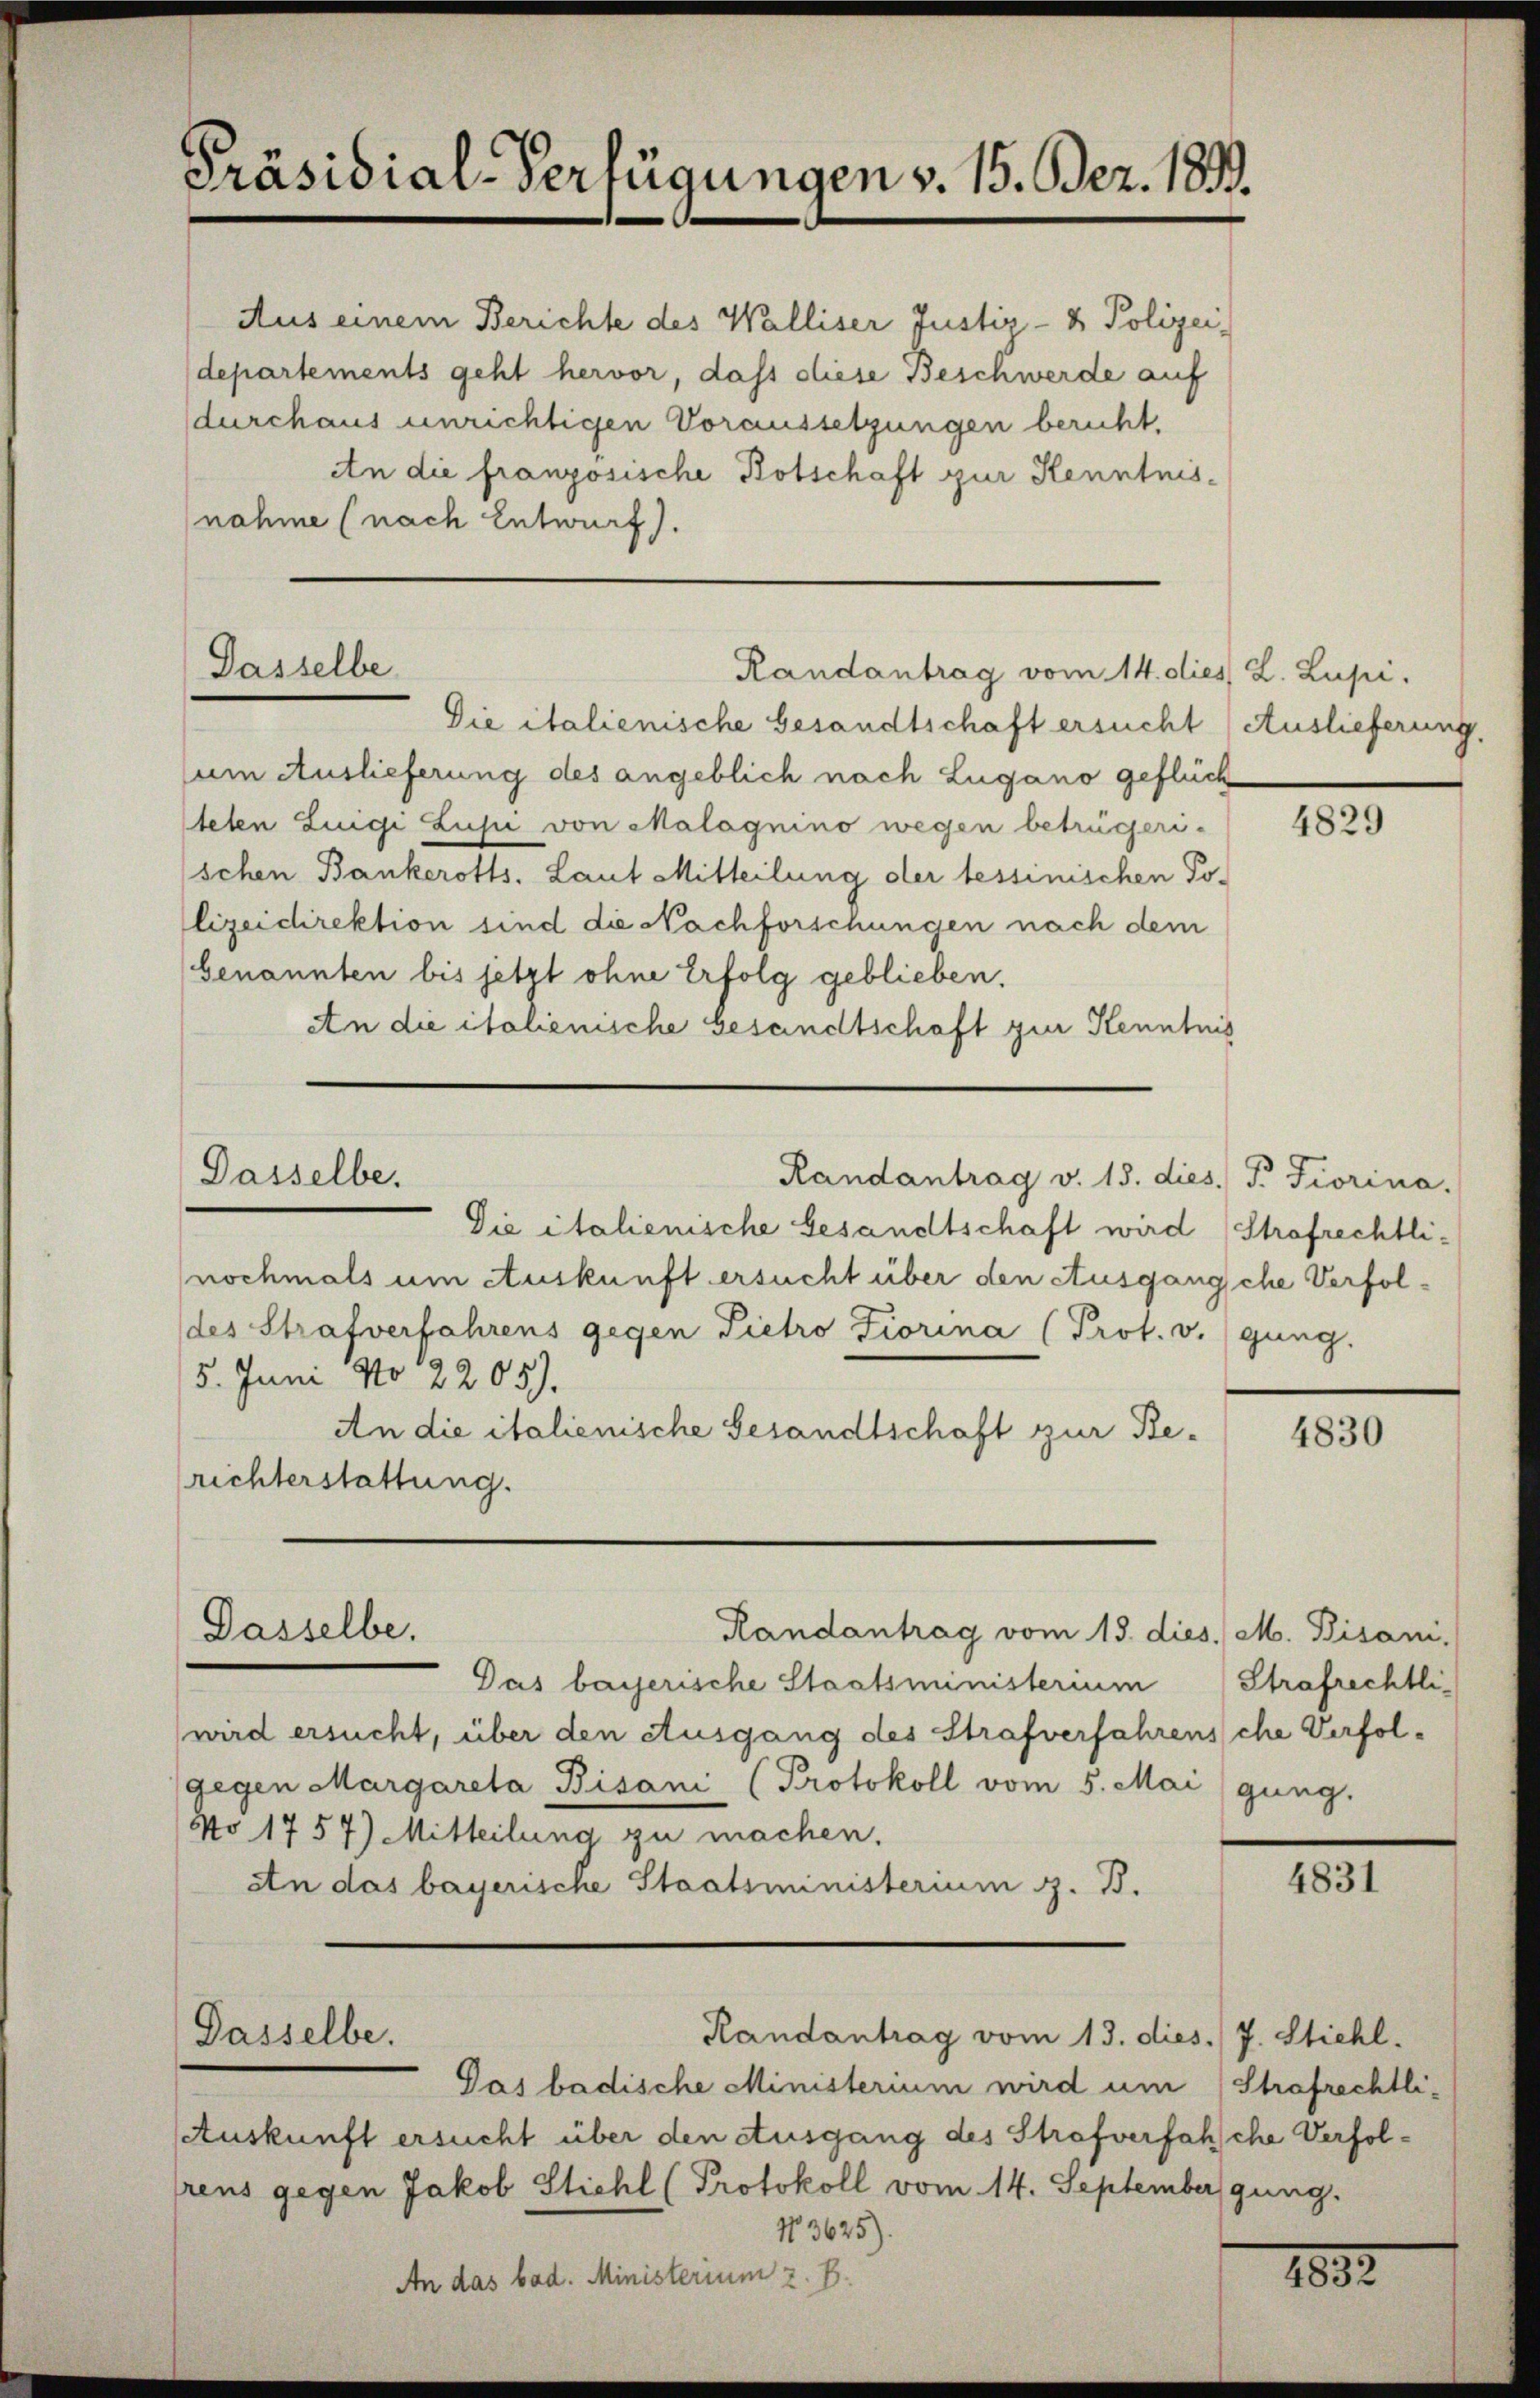
Präsidial-Verfügungen v. 15. Bez. 1833.

Aus einem Berichte des Walliser Justiz- & Polizei
departements geht hervor, dass diese Beschwerde auf
durchaus unrichtigen Voraussetzungen beruht.
An die französische Botschaft zur Kenntnisnahme (nach Entwurf).

Dasselbe

Die italienische Gesandtschaft ersucht (Auslieferung.
um Auslieferung des angeblich nach Lugano geflüch
teten Lingi Lusić von Malagnino wegen betrügerischen Bankerotts. Laut Mitteilung der tessinischen Po-
lizeidirektion sind die Nachforschungen nach dem
benannten bis jetzt ohne Erfolg geblieben.
An die italienische Gesandtschaft zur Kenntnis

Die italienische Gesandtschaft wird
nochmals um Auskunft ersucht über den Ausgangsche Verfol¬
(des Strafverfahrens gegen Pietro Fiorina (Prot. v. (gung.
5. Juni No 2205).
An die italienische Gesandtschaft zur Berichterstattung.

Dasselbe.
Randantrag v. 15. dies. P. Fiorina.

Dasselbe.

Dasselbe.

Das bayerische Staatsministerium
wird ersucht, über den Ausgang des Strafverfahrensche Verfolgegen Margareta Bisani (Protokoll vom 5. Mai (gung.
No 1757) Mitteilung zu machen.
An das bayerische Staatsministerium z. B.

Randantrag vom 14. dies L. Zupi.

Randantrag vom 13. dies. M. Bisani,

Randantrag vom 13. dies. J. Stiehl.

Pas badische Ministerium wird um (Strafrechtli¬
Auskunft ersucht über den Ausgang des Strafverfahsche Verfolrens gegen Jakob Stichl (Protokoll vom 14. September gung.
N3625).
An das bad. Ministerium z. B.

4829

Strafrechtli¬

4830

Strafrechtli

4831

1832.